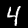
Label: 4